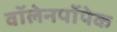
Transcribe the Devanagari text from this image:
वॉलेनपॉपेक